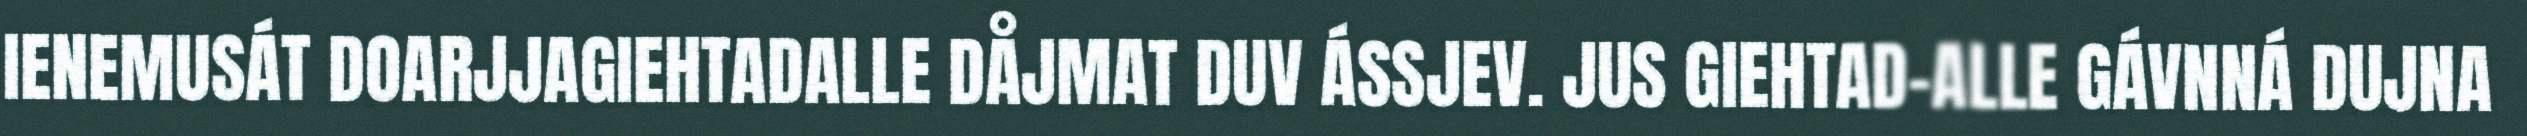
IENEMUSÁT DOARJJAGIEHTADALLE DÅJMAT DUV ÁSSJEV. JUS GIEHTAD-ALLE GÁVNNÁ DUJNA